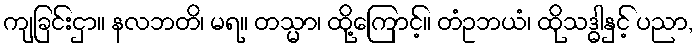
ကျခြင်းငှာ။ နလဘတိ၊ မရ။ တသ္မာ၊ ထို့ကြောင့်။ တံဥဘယံ၊ ထိုသဒ္ဓါနှင့် ပညာ,